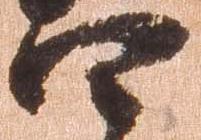
四